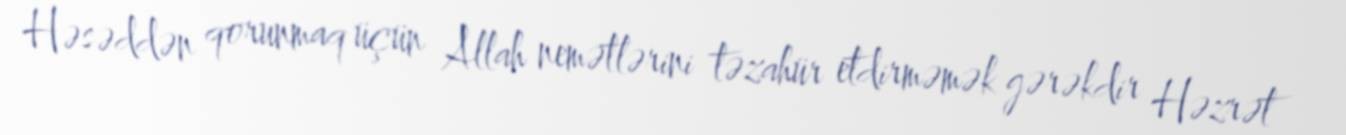
Həsəddən qorunmaq üçün Allah nemətlərini təzahür etdirməmək gərəkdir Həzrət